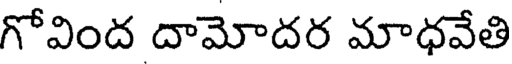
గోవింద దామోదర మాధవేతి